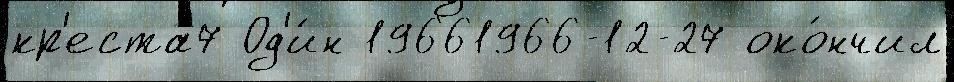
кр'еста7 Од'и́н 19661966-12-27 око́нчил